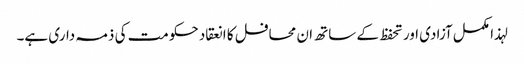
لہذا مکمل آزادی اور تحفظ کے ساتھ ان محافل کا انعقاد حکومت کی ذمہ داری ہے۔